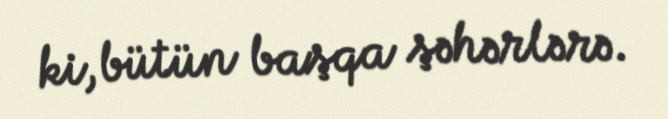
ki, bütün başqa şəhərlərə.